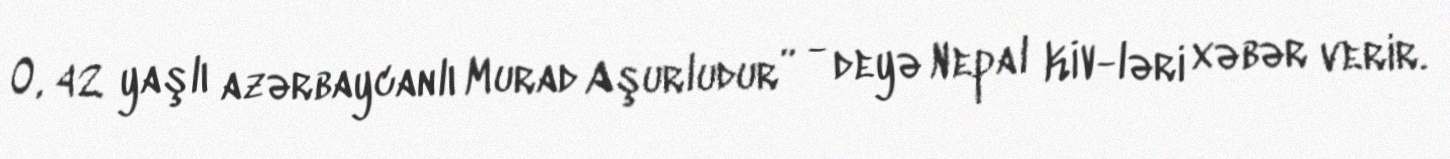
O, 42 yaşlı azərbaycanlı Murad Aşurludur” - deyə Nepal KİV-ləri xəbər verir.